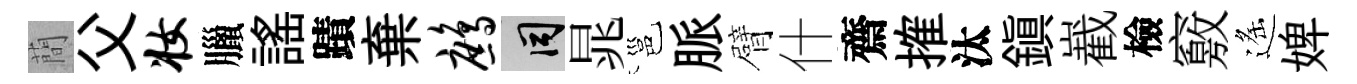
蕳父妆臘謡蹟棄鹧间晁邕脈臂什齋搉汰鎮嶻檢竅遙婢